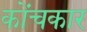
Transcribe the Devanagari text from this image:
कोंचकार